Annual statistical returns and brief notes on vaccination in Bengal - 1909-1929
Year: 1909
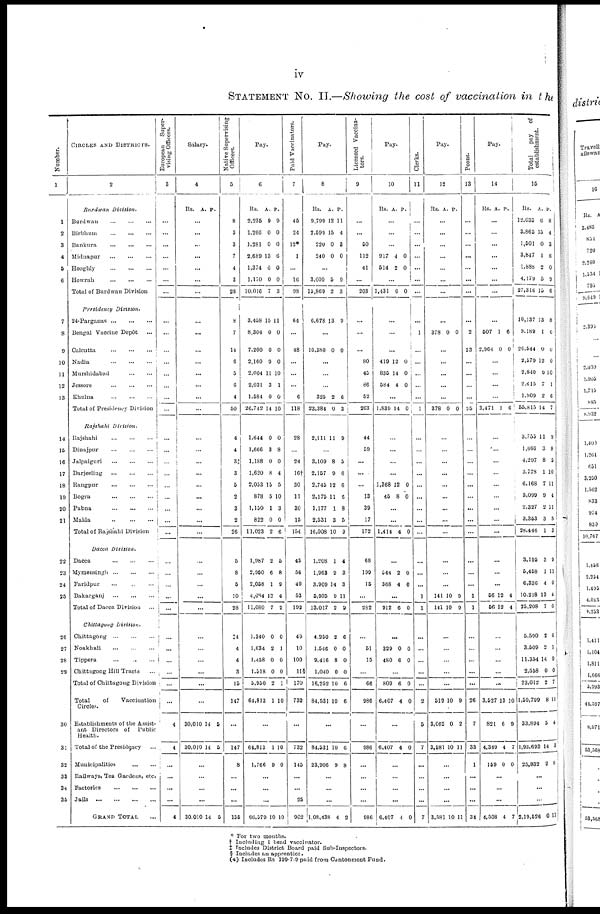
iv
STATEMENT No. II.—Showing the cost of vaccination in the
Number.
1
1
2
3
4
5
6
7
8
9
10
11
12
13
14
15
16
17
18
19
20
21
22
23
24
25
26
27
28
29
30
31
32
33
34
35
CIRCLES AND DISTRICTS.
2
Burdwan
Division.
Burdwan
...
...
...
Birbhum
...
...
...
Bankura
...
...
...
Midnapur
...
...
...
Hooghly
...
...
...
Howrah
...
...
...
Total of Burdwan Division
Presidency
Division.
24-Parganas
...
...
...
Bengal Vaccine Depôt ...
Calcutta
...
...
...
Nadia
...
...
...
Murshidabad
...
...
Jessore
...
...
...
Khulna
...
...
...
Total of Presidency Division
Rajshahi
Division.
Rajshahi
...
...
...
Dinajpur
...
...
...
Jalpaiguri
...
...
...
Darjeeling
...
...
...
Rangpur
...
...
...
Bogra
...
...
...
Pabna
...
...
...
Malda
...
...
...
Total of Rajshahi Division
Dacca Division.
Dacca
...
...
...
Mymensingh
...
...
...
Faridpur
...
...
...
Bakarganj
...
...
...
Total of Dacca Division
...
Chittagong
Division.
Chittagong
...
...
...
Noakhali
...
...
...
Tippera
...
...
...
Chittagong Hill Tracts ...
Total of Chittagong Division
Total
of
Vaccination
Circles.
Establishments of the Assist-
ant Directors of Public
Health.
Total of the Presidency ...
Municipalities
...
...
Railways, Tea Gardens, etc.
Factories
...
...
...
Jails
...
...
...
...
GRAND TOTAL ...
European
Super-
vising Officers.
3
...
...
...
...
...
...
...
...
...
...
...
...
...
...
...
...
...
...
...
...
...
...
...
...
...
...
...
...
...
...
...
...
...
...
...
4
4
...
...
...
...
4
Salary.
4
Rs. A. P.
...
...
...
...
...
...
...
...
...
...
...
...
...
...
...
...
...
...
...
...
...
...
...
...
...
...
...
...
...
...
...
...
...
...
...
30,010
30,010
14
14
5
5
...
...
...
...
30,010 14 5
Native Supervising
Officers.
5
8
3
3
7
4
3
28
8
7
14
6
5
6
4
50
4
4
3‡
3
5
2
3
2
26
5
8
5
10
28
‡4
4
4
3
15
147
...
147
8
...
...
...
155
Pay.
6
Rs.
2,235
1,266
1,281
2,689
1,374
1,170
10,016
A.
9
0
0
13
0
0
7
P.
9
0
0
6
0
0
3
3,458
8,304
7,200
2,160
2,004
2,031
1,584
26,742
15
0
0
0
11
3
0
14
11
0
0
0
10
1
0
10
1,644
1,666
1,188
1,620
2,053
878
1,150
822
11,023
0
3
0
8
15
5
1
0
2
0
8
0
4
5
10
3
0
6
1,987
2,950
2,058
4,084
11,080
2
6
1
12
7
5
8
9
4
2
1,340
1,634
1,458
1,518
5,950
64,813
0
2
0
0
2
1
0
1
0
0
1
10
...
64,813
1,766
1
9
10
0
...
...
...
66,579 10 10
Paid Vaccinators.
7
46
24
12*
1
...
16
98
64
...
48
...
...
...
6
118
28
...
24
16†
30
11
30
15
154
43
56
40
53
192
49
10
100
11§
170
732
...
732
145
...
...
25
902
Pay.
8
Rs.
9,799
2,599
220
240
A.
12
15
0
0
P.
11
4
3
0
...
3,009
15,869
5
2
9
3
6,678 13 9
...
16,380 0 0
...
...
...
325
23,384
2
0
6
3
2,111 11 9
...
3,109
2,157
2,745
2,175
1,177
2,531
16,008
8
9
12
11
1
3
10
5
6
6
6
8
5
9
1,208
1,963
3,909
5,935
13,017
1
9
14
9
2
4
3
3
11
9
4,250
1,546
9,416
1,040
16,252
84,531
2
0
8
0
10
10
6
0
0
0
6
6
...
84,531
23,906
10
9
6
8
...
...
...
1,08,438 4 2
Licensed Vaccina-
tors.
9
...
...
50
112
41
...
203
...
...
...
80
45
86
52
263
44
59
...
...
...
13
39
17
172
68
199
15
...
282
...
51
15
...
66
986
...
986
...
...
...
...
986
Pay.
10
Rs. A. P.
...
...
...
917
514
4
2
0
0
...
1,431 6 0
...
...
...
419
835
584
12
14
4
0
0
0
...
1,839 14 0
...
...
...
...
1,368
45
12
8
0
0
...
...
1,414 4 0
...
544
368
2
4
0
0
...
912 6 0
...
329
480
0
6
0
0
...
809
6,407
6
4
0
0
...
6,407 4 0
...
...
...
...
6,407 4 0
Clerks.
11
...
...
...
...
...
...
...
...
...
...
...
...
...
...
1
...
...
...
...
...
...
...
...
...
...
...
...
1
1
...
...
...
...
...
2
5
7
...
...
...
...
7
Pay.
12
Rs. A. P.
...
...
...
...
...
...
...
...
378 0 0
...
...
...
...
...
378 0 0
...
...
...
...
...
...
...
...
...
...
...
...
141
141
10
10
9
9
...
...
...
...
...
519
3,062
3,581
10
0
10
9
2
11
...
...
...
...
3,581 10 11
Peons.
13
...
...
...
...
...
...
...
...
2
23
...
...
...
...
25
...
...
...
...
...
...
...
...
...
...
...
...
1
1
...
...
...
...
...
26
7
33
1
...
...
...
34
Pay.
14
Rs. A. P.
...
...
...
...
...
...
...
...
507
2,964
1
0
6
0
...
...
...
...
3,471 1 6
...
...
...
...
...
...
...
...
...
...
...
...
56
56
12
12
4
4
...
...
...
...
...
3,527
821
4,349
159
13
6
4
0
10
9
7
0
...
...
...
4,508 4 7
Total
pay
of
establishment.
1 5
Rs.
12,035
3,865
1,501
3,847
1,888
4,179
27,316
A.
6
15
0
1
2
5
15
P.
8
4
3
6
0
9
6
10,137
9,189
26,544
2,579
2,840
2,615
1,909
55,815
13
1
0
12
9
7
2
14
8
6
0
0
10
1
6
7
3,755
1,666
4,297
3,778
6,168
3,099
2,327
3,353
28,446
11
3
8
1
7
9
2
3
1
9
8
5
10
11
4
11
5
3
3,195
5,458
6,336
10,218
25,208
3
1
4
13
7
9
11
0
4
0
5,590
3,509
11,354
2,558
23,012
1,59,799
33,804
1,93,693
25,832
2
2
14
0
2
8
5
14
2
6
1
0
0
7
11
4
3
8
...
...
...
2,19,526 0 11
* For two months.
† Including 1 head vaccinator.
‡ Includes District Board paid Sub-Inspectors.
§ Includes an apprentice.
(a) Includes Rs 199-7-9 paid from Cantonment Fund.